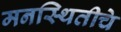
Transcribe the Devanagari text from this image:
मनस्थितीचे